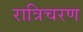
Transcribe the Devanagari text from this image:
रात्रिचरण